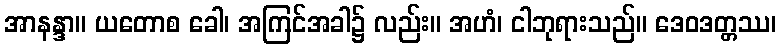
အာနန္ဒာ။ ယတောစ ခေါ၊ အကြင်အခါ၌ လည်း။ အဟံ၊ ငါဘုရားသည်။ ဒေဝဒတ္တဿ၊